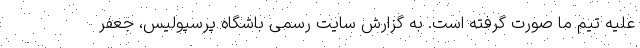
علیه تیم ما صورت گرفته است. به گزارش سایت رسمی باشگاه پرسپولیس، جعفر